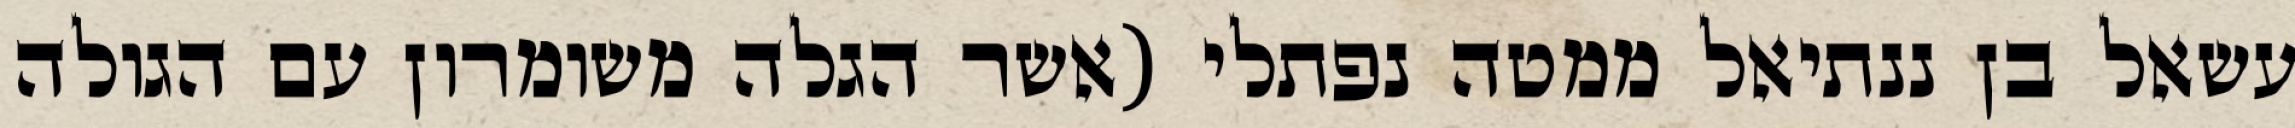
עשאל בן ננתיאל ממטה נפתלי (אשר הגלה משומרון עם הגולה